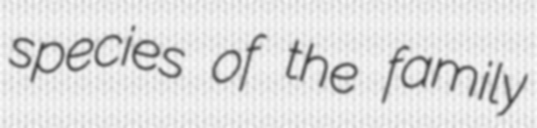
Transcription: species of the family